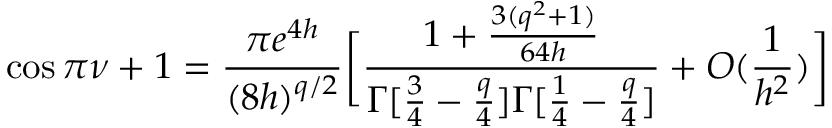
\cos \pi \nu + 1 = \frac { \pi e ^ { 4 h } } { ( 8 h ) ^ { q / 2 } } \bigg [ \frac { 1 + \frac { 3 ( q ^ { 2 } + 1 ) } { 6 4 h } } { \Gamma [ \frac { 3 } { 4 } - \frac { q } { 4 } ] \Gamma [ \frac { 1 } { 4 } - \frac { q } { 4 } ] } + O ( \frac { 1 } { h ^ { 2 } } ) \bigg ]